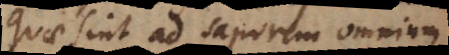
quae sint ad saporem omnium